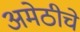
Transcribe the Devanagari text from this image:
अमेठीचे